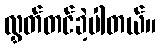
လွှတ်တင်ခဲ့ပါတယ်။